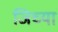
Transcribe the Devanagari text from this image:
जिच्‍या